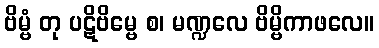
ဗိမ္ဗံ တု ပဋိဗိမ္ဗေ စ၊ မဏ္ဍလေ ဗိမ္ဗိကာဖလေ။